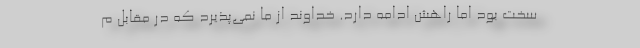
سخت بود اما راهش ادامه دارد. خداوند از ما نمی‌پذیرد که در مقابل م